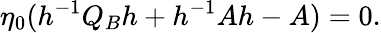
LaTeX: \eta_{0}(h^{-1}Q_{B}h+h^{-1}Ah-A)=0.